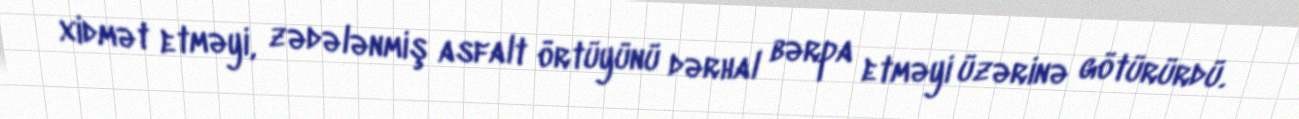
xidmət etməyi, zədələnmiş asfalt örtüyünü dərhal bərpa etməyi üzərinə götürürdü.